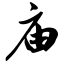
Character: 庙